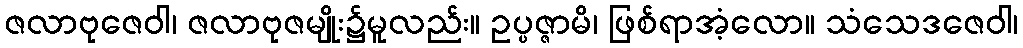
ဇလာဗုဇေဝါ၊ ဇလာဗုဇမျိုး၌မူလည်း။ ဥပ္ပဇ္ဇာမိ၊ ဖြစ်ရာအံ့လော။ သံသေဒဇေဝါ၊